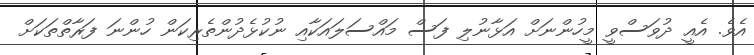
އެވެ. އެއީ ދުވަސްވީ މީހުންނަށް އަޅާނުލި ފަސް މައްސަލައަކާއި ނުކުޅެދުންތެރިކަން ހުންނަ ފަރާތްތަކަށް